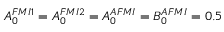
A _ { 0 } ^ { F M I { 1 } } = A _ { 0 } ^ { F M I { 2 } } = A _ { 0 } ^ { A F M I } = B _ { 0 } ^ { A F M I } = 0 . 5